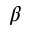
\boldsymbol { \beta }